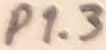
Text: P1.3